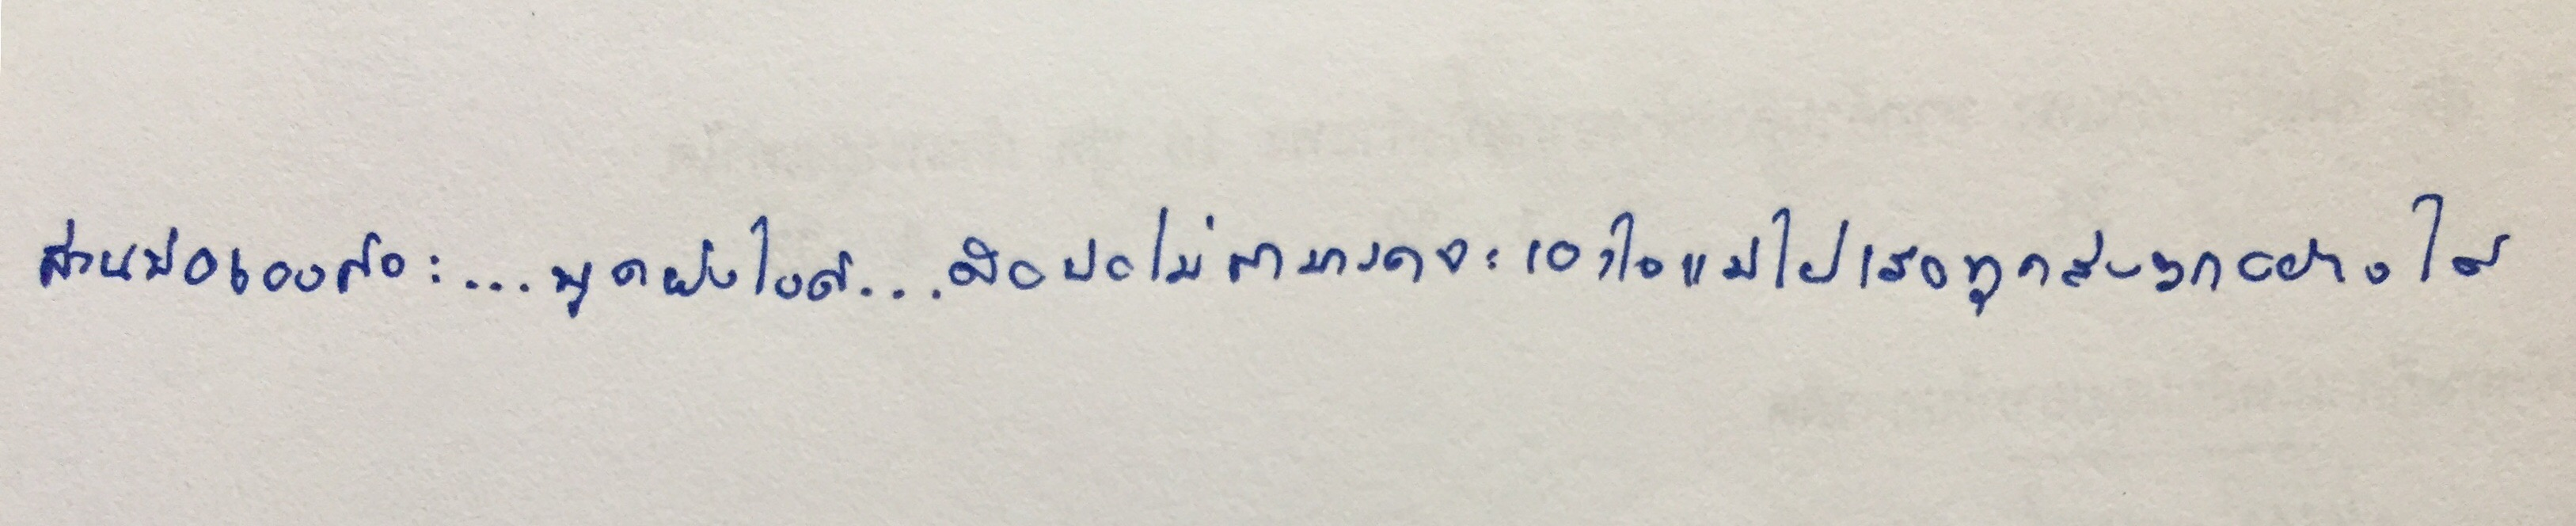
ส่วนพ่อเองก็...จะพูดยังไงดี...คือพ่อไม่สามารถจะเอาใจแม่ไปเสียทุกสิ่งทุกอย่างได้